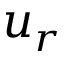
u _ { r }